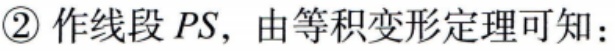
\textcircled{2} 作线段 \(PS\)，由等积变形定理可知：